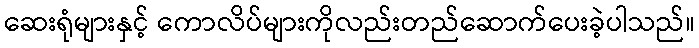
ဆေးရုံများနှင့် ကောလိပ်များကိုလည်းတည်ဆောက်ပေးခဲ့ပါသည်။